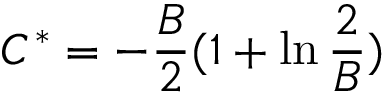
C ^ { * } = - \frac { B } { 2 } ( 1 + \ln \frac { 2 } { B } )